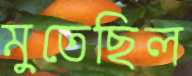
মুতেছিল